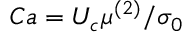
C a = U _ { c } \mu ^ { ( 2 ) } / \sigma _ { 0 }